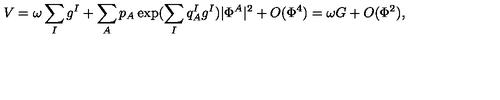
V = \omega \sum _ { I } g ^ { I } + \sum _ { A } p _ { A } \exp ( \sum _ { I } q _ { A } ^ { I } g ^ { I } ) | \Phi ^ { A } | ^ { 2 } + O ( \Phi ^ { 4 } ) = \omega G + O ( \Phi ^ { 2 } ) ,